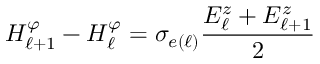
H _ { \ell + 1 } ^ { \varphi } - H _ { \ell } ^ { \varphi } = \sigma _ { e ( \ell ) } \frac { E _ { \ell } ^ { z } + E _ { \ell + 1 } ^ { z } } { 2 }